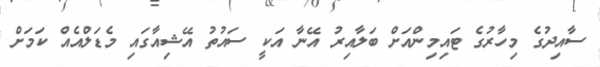
ސާއިދުގެ މިހާރުގެ ޓައިމިންއަށް ބަލާއިރު އޭނާ އަކީ ސައުތު އޭޝިއާގައި މެޑަލްއެއް ކަމަށް